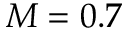
M = 0 . 7